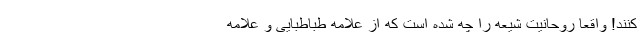
کنند! واقعاً روحانیت شیعه را چه شده است که از علامه طباطبایی و علامه